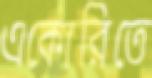
একোরিতে